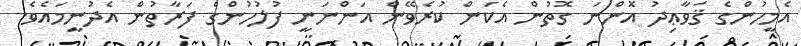
އެމީހުންގެ ޤަވާޢިދު އޮންނަ ގޮތުން އެކަން ކުރެވޭން އަންނަނީ ފުލުހުންގެ ފަރާތުން އެދުނީމައެވެ.